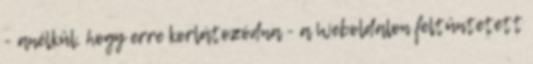
- anélkül, hogy erre korlátozódna - a Weboldalon feltüntetett